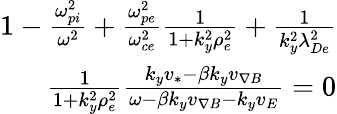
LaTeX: \begin{array}{r}{1-\frac{\omega_{pi}^{2}}{\omega^{2}}+\frac{\omega_{pe}^{2}}{\omega_{ce}^{2}}\frac{1}{1+k_{y}^{2}\rho_{e}^{2}}+\frac{1}{k_{y}^{2}\lambda_{De}^{2}}}\\ {\frac{1}{1+k_{y}^{2}\rho_{e}^{2}}\frac{k_{y}v_{*}-\beta k_{y}v_{\nabla B}}{\omega-\beta k_{y}v_{\nabla B}-k_{y}v_{E}}=0}\end{array}